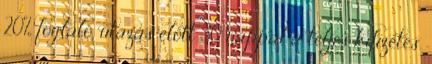
20% foglaló, utazás előtt 30 nappal a teljes kifizetés.